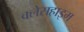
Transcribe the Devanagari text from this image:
क्लेसहाइम